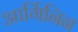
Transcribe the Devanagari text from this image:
आर्गिनिन